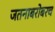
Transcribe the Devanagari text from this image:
जतनाबरोबरच